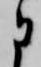
に